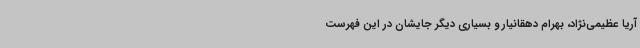
آریا عظیمی‌نژاد، بهرام دهقانیار و بسیاری دیگر جایشان در این فهرست